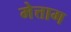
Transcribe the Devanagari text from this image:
मेत्ताग